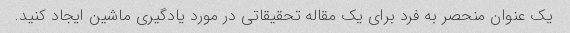
یک عنوان منحصر به فرد برای یک مقاله تحقیقاتی در مورد یادگیری ماشین ایجاد کنید.